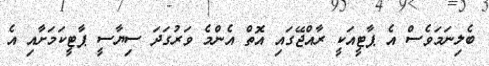
ބެލިނަމަވެސް އެ ޕާޓީއަކީ ރާއްޖޭގައި އޮތް އެންމެ ވަރުގަދަ ސިޔާސީ ޕާޓީކަމަށާއި އެ